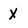
Character: X